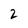
Character: 2